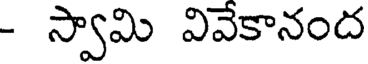
- స్వామి వివేకానంద